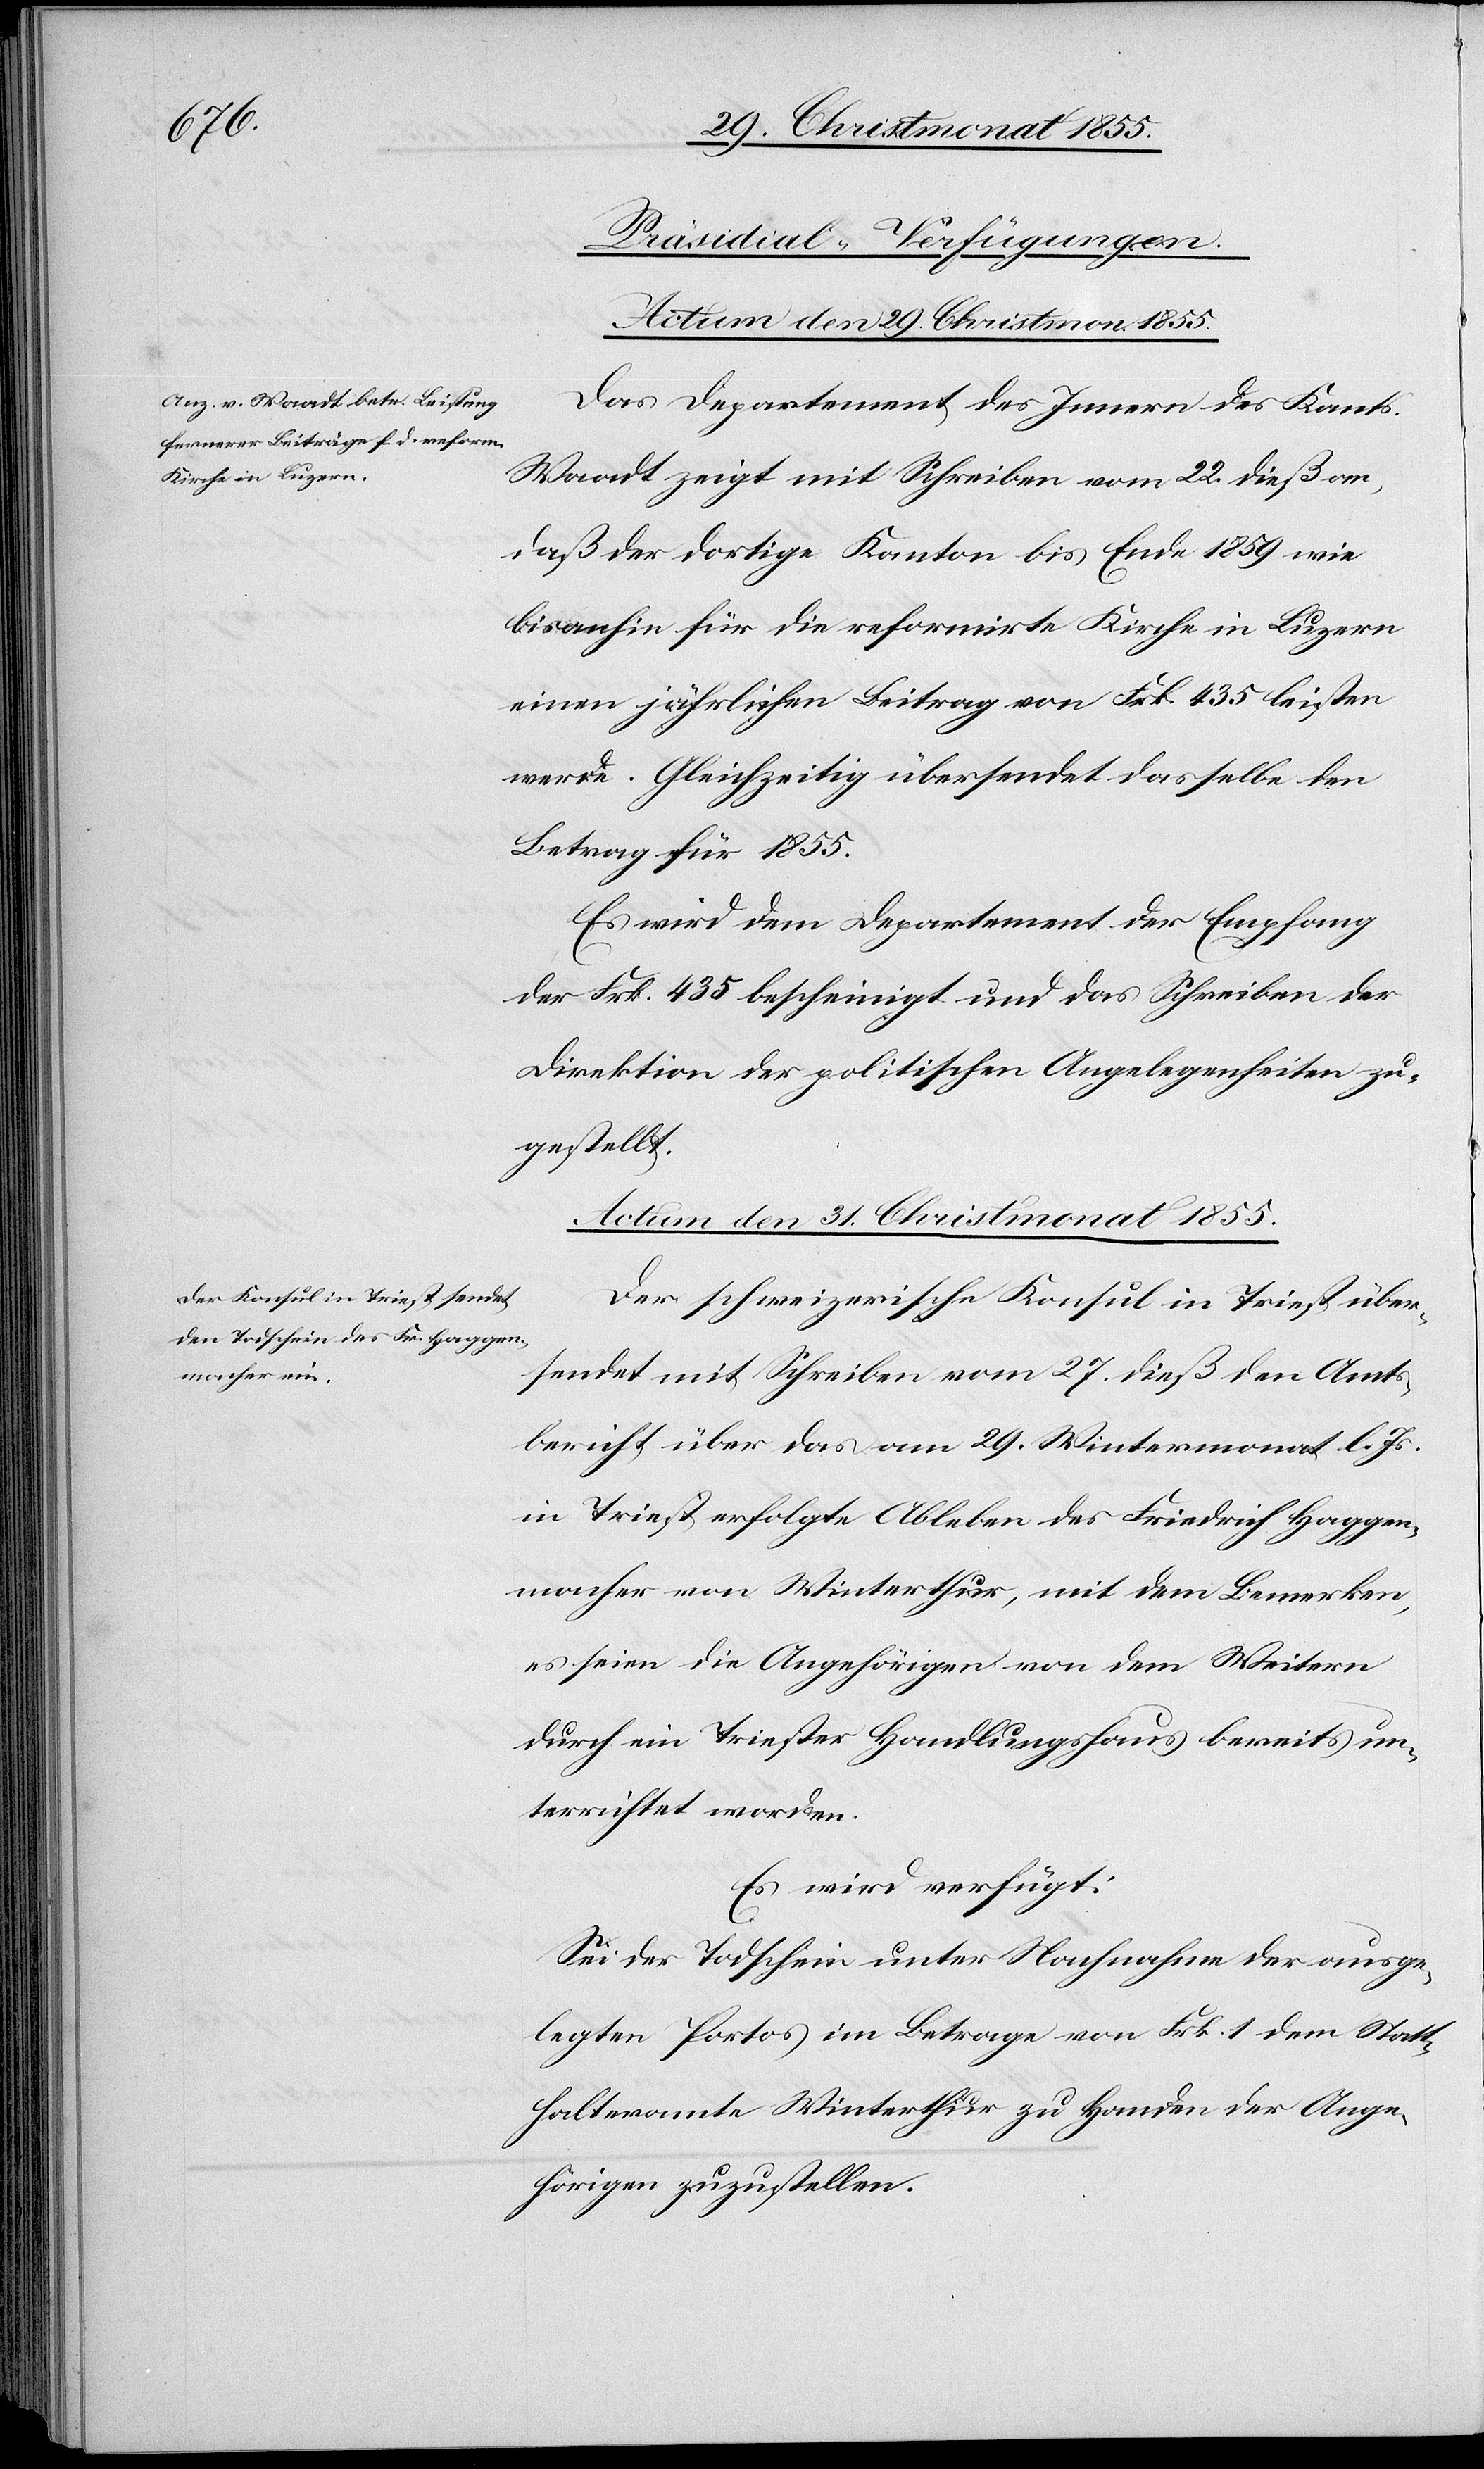
[Präsidial-Verfügungen.]
Actum den 29. Christmon. 1855.
Das Departement des Innern des Kants.
Waadt zeigt mit Schreiben vom 22. dieß an,
daß der dortige Kanton bis Ende 1859 wie
bisanhin für die reformirte Kirche in Luzern
einen jährlichen Beitrag von Frk. 435 leisten
werde. Gleichzeitig übersendet dasselbe den
Betrag für 1855.
Es wird dem Departement der Empfang
der Frk. 435 bescheinigt und das Schreiben der
Direktion der politischen Angelegenheiten zu¬
gestellt.
Actum den 31. Christmonat 1855.
Der schweizerische Konsul in Triest über¬
sendet mit Schreiben vom 27. dieß den Amts¬
bericht über das am 29. Wintermonat l. Js.
in Triest erfolgte Ableben des Friedrich Haggen¬
macher von Winterthur, mit dem Bemerken,
es seien die Angehörigen von dem Weitern
durch ein Triester Handlungshaus bereits un¬
terrichtet worden.
Es wird verfügt:
Sei der Todschein unter Nachnahme der ausge¬
legten Portos im Betrage von Frk. 1 dem Statt¬
halteramte Winterthur zu Handen der Ange¬
hörigen zuzustellen.